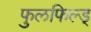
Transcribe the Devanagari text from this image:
फुलफिल्ड्